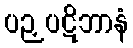
ပဉှပဋိဘာနံ